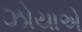
ઝોયાએ